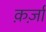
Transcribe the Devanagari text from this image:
क़र्ज़ा